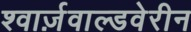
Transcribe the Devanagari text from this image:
श्वार्ज़वाल्डवेरीन